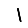
Digit: 1